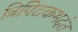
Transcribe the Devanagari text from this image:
त्रिपिटकभदंत